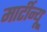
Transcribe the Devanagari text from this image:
मार्टीन्यू